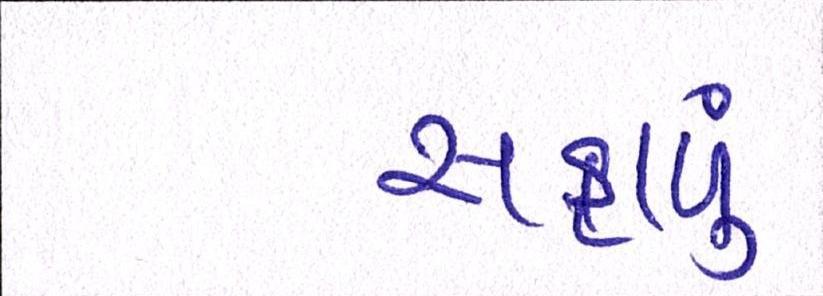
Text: સફાળું